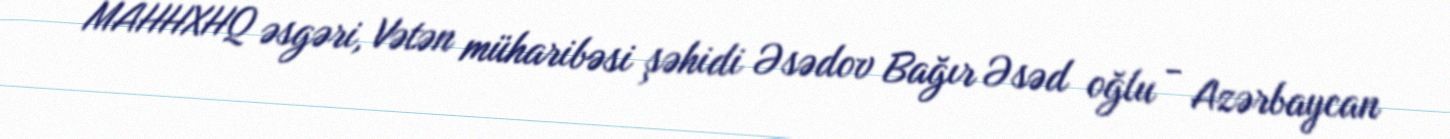
MAHHXHQ əsgəri, Vətən müharibəsi şəhidi Əsədov Bağır Əsəd oğlu - Azərbaycan